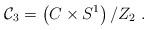
LaTeX: \begin{align*} {\cal C}_3 = \left(C \times S^1 \right)/ Z_2 \ .\end{align*}